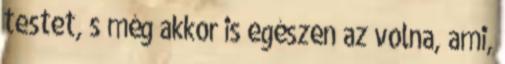
testet, s még akkor is egészen az volna, ami,